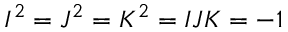
I ^ { 2 } = J ^ { 2 } = K ^ { 2 } = I J K = - 1